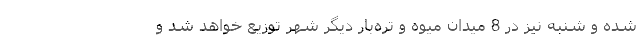
شده و شنبه نیز در 8 میدان میوه و تره‌بار دیگر شهر توزیع خواهد شد و